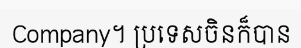
Company។ ប្រទេសចិនក៏បាន